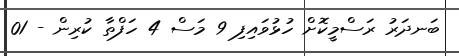
ބަނދަރު ރަސްމީކޮށް ހުޅުވައިފި 9 މަސް 4 ހަފްތާ ކުރިން - 01